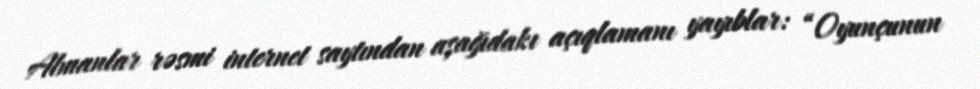
Almanlar rəsmi internet saytından aşağıdakı açıqlamanı yayıblar: “Oyunçunun